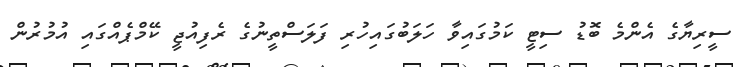
ސީރިޔާގެ އެންމެ ބޮޑު ސިޓީ ކަމުގައިވާ ހަލަބުގައިހުރި ފަލަސްތީނުގެ ރެފިއުޖީ ކޭމްޕެއްގައި އުމުރުން